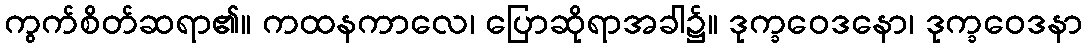
ကွက်စိတ်ဆရာ၏။ ကထနကာလေ၊ ပြောဆိုရာအခါ၌။ ဒုက္ခဝေဒနော၊ ဒုက္ခဝေဒနာ